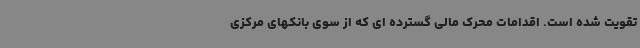
تقویت شده است. اقدامات محرک مالی گسترده ای که از سوی بانکهای مرکزی